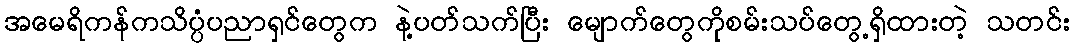
အမေရိကန်ကသိပ္ပံပညာရှင်တွေက နဲ့ပတ်သက်ပြီး မျောက်တွေကိုစမ်းသပ်တွေ့ရှိထားတဲ့ သတင်း